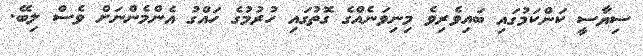
ސިޔާސީ ކަންކަމުގައި ބައިވެރިވެ މިނިވަނެއްގެ ގޮތުގައި ހުރުމުގެ ހައްގު އެންމެންނަށް ވެސް ލިބޭ.